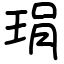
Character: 琄